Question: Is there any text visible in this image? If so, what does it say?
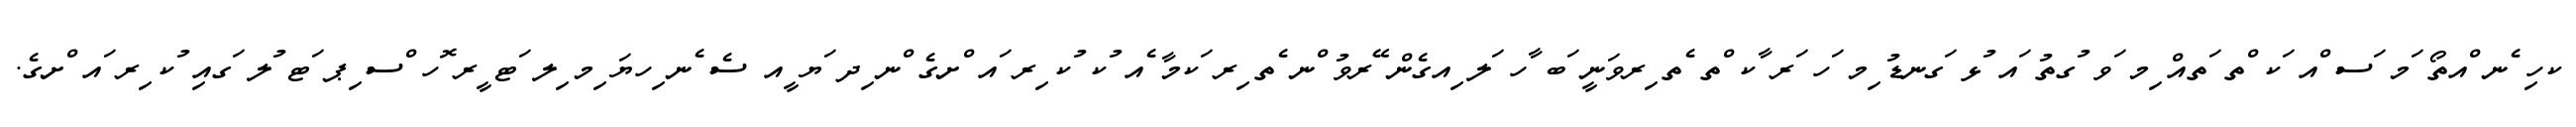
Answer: ކހި ެނ ްއތޯ ަމ ަސ ްއ ަކ ްތ ަތއް ިމ ަވ ުގތު ައ ުޅ ަގނޑު ިމ ަހ ަރ ާކ ްތ ެތ ިރވަނީ ަބ ާހ ަލ ިއގެން ޭރވު ްނ ެތ ިރ ަކމާ ެއ ުކ ުކ ިރ ައ ްށގެ ްނ ިދ ަޔ ީއ ސެ ެނ ިހޔަ ިމ ިލ ަޓ ީރ ޮހ ްސ ިޕ ަޓ ުލ ަގއި ުކ ިރ ައ ްށގެ.